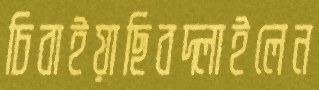
চিবাইয়াছিবদ্‌লাইলেন